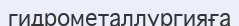
гидрометаллургияға